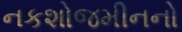
નકશોજમીનનો